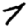
Digit: 7